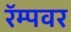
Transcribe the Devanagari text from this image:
रॅम्पवर